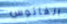
الفانوس